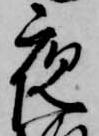
夜